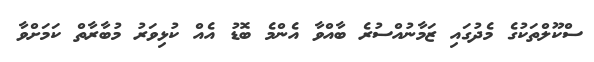
ސްކޫލްތަކުގެ މެދުގައި ޒަމާނުއްސުރެ ބާއްވާ އެންމެ ބޮޑު އެއް ކުޅިވަރު މުބާރާތް ކަމަށްވާ